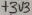
Text: +303